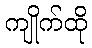
ကျိုက်ထို